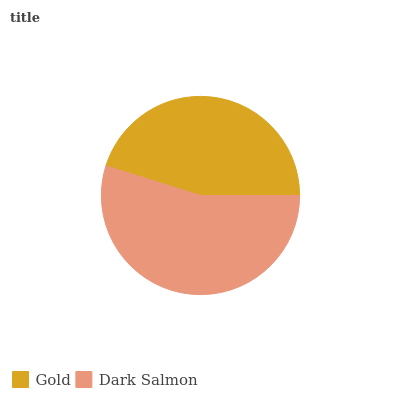
| Gold | Dark Salmon |
 | --- | --- |
 | 45.2% | 54.8% |